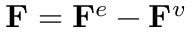
\mathbf { F } = \mathbf { F } ^ { e } - \mathbf { F } ^ { v }